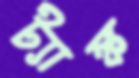
ট্যাঙ্ক